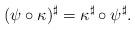
LaTeX: \begin{align*}(\psi\circ\kappa)^\sharp=\kappa^\sharp\circ\psi^\sharp.\end{align*}